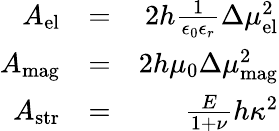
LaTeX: \begin{array}{rlr}{A_{\mathrm{el}}}&{=}&{2h\frac{1}{\epsilon_{0}\epsilon_{r}}\Delta\mu_{\mathrm{el}}^{2}}\\ {A_{\mathrm{mag}}}&{=}&{2h\mu_{0}\Delta\mu_{\mathrm{mag}}^{2}}\\ {A_{\mathrm{str}}}&{=}&{\frac{E}{1+\nu}h\kappa^{2}}\end{array}